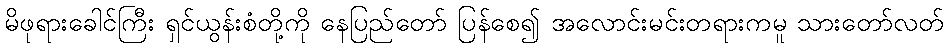
မိဖုရားခေါင်ကြီး ရှင်ယွန်းစံတို့ကို နေပြည်တော် ပြန်စေ၍ အလောင်းမင်းတရားကမူ သားတော်လတ်